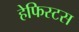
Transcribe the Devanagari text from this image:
हेफिस्टस